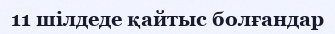
11 шілдеде қайтыс болғандар